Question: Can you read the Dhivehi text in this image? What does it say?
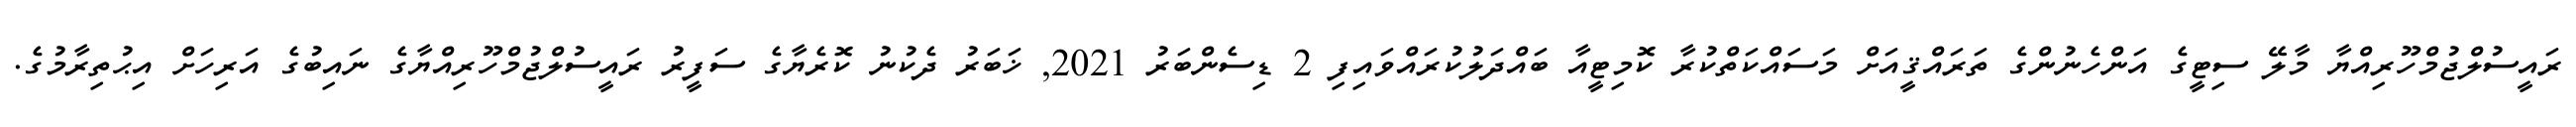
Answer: ރައީސުލްޖުމްހޫރިއްޔާ މާލޭ ސިޓީގެ އަންހެނުންގެ ތަރައްޤީއަށް މަސައްކަތްކުރާ ކޮމިޓީއާ ބައްދަލުކުރައްވައިފި 2 ޑިސެންބަރު 2021, ޚަބަރު ދެކުނު ކޮރެޔާގެ ސަފީރު ރައީސުލްޖުމްހޫރިއްޔާގެ ނައިބުގެ އަރިހަށް އިޙުތިރާމުގެ.